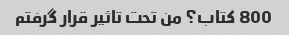
800 کتاب؟ من تحت تاثیر قرار گرفتم